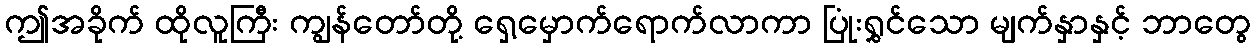
ဤအခိုက် ထိုလူကြီး ကျွန်တော်တို့ ရှေ့မှောက်ရောက်လာကာ ပြုံးရွှင်သော မျက်နှာနှင့် ဘာတွေ